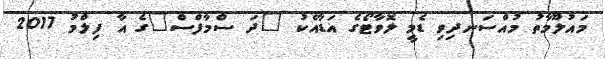
މައުލޫމާތު މުއްސަނދިވި ޑެމީ ލޮވާޓޯގެ އަޑާއެކު "ދަ ސްމާފްސް"ގެ އާ ފިލްމު 2017